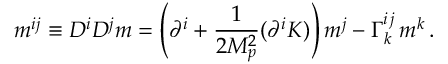
m ^ { i j } \equiv D ^ { i } D ^ { j } m = \left( \partial ^ { i } + \frac { 1 } { 2 M _ { p } ^ { 2 } } ( \partial ^ { i } K ) \right) m ^ { j } - \Gamma _ { k } ^ { i \, j } \, m ^ { k } \, .